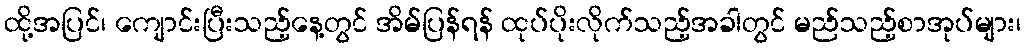
ထို့အပြင်၊ ကျောင်းပြီးသည့်နေ့တွင် အိမ်ပြန်ရန် ထုပ်ပိုးလိုက်သည့်အခါတွင် မည်သည့်စာအုပ်များ၊